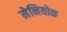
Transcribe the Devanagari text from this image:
मेनियोक